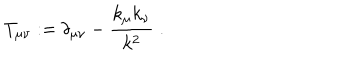
LaTeX: T _ { \mu \nu } : = \delta _ { \mu \nu } - \frac { k _ { \mu } k _ { \nu } } { k ^ { 2 } } \; .